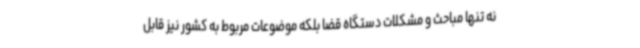
نه تنها مباحث و مشکلات دستگاه قضا بلکه موضوعات مربوط به کشور نیز قابل